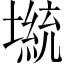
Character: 𡎭